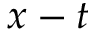
x - t